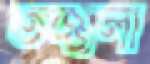
তজ্জলী